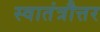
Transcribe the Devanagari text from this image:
स्वातंत्रौत्तर